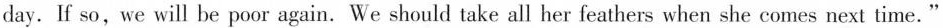
day. If so, we will be poor again. We should take all her feathers when she comes next time."